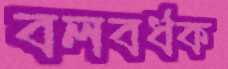
বলবর্ধক